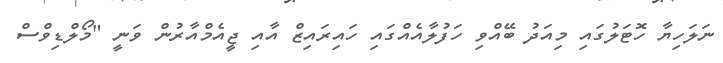
ނަލަހިޔާ ހޮޓަލުގައި މިއަދު ބޭއްވި ހަފުލާއެއްގައި ހައިރައިޒް އާއި ޖީއެމްއާރުން ވަނީ "މޯލްޑިވްސް